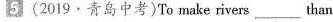
5 (2019.青岛中考)To make rivers___than